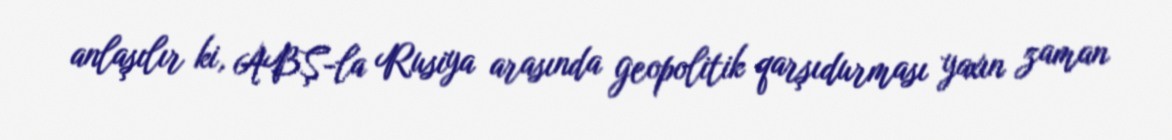
anlaşılır ki, ABŞ-la Rusiya arasında geopolitik qarşıdurması yaxın zaman